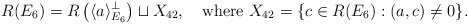
\begin{align*}R(E_6) = R\left(\langle a\rangle^\perp_{E_6}\right) \sqcup X_{42},\quad\textrm{where }X_{42} = \{c \in R(E_6) : (a,c)\neq 0\}. \end{align*}